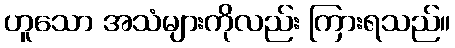
ဟူသော အသံများကိုလည်း ကြားရသည်။